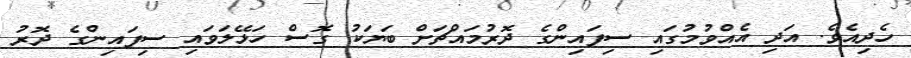
ހެދިއެވެ. އަދި އެއްވުމުގައި ސިފައިންގެ ދޮރުމައްޗަށް ބަޔަކު ގޮސް ހަޅޭލަވައި ސިފައިންގެ ދޮރު